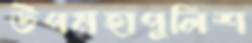
উপমহাপুলিশ